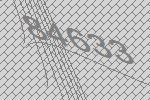
84633